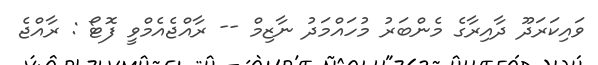
ވައިކަރަދޫ ދާއިރާގެ މެންބަރު މުހައްމަދު ނާޒިމް -- ރާއްޖެއެމްވީ ފޮޓޯ : ރާއްޖެ